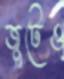
জুটেও